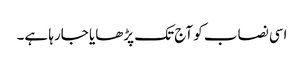
اسی نصاب کو آج تک پڑھایا جارہا ہے۔